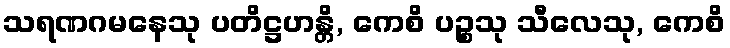
သရဏဂမနေသု ပတိဋ္ဌဟန္တိ, ကေစိ ပဉ္စသု သီလေသု, ကေစိ